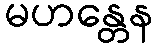
မဟန္တေန